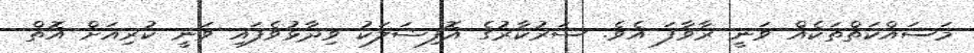
މަސައްކަތްތަކެއް ވަނީ ރާވާފަ އެވެ. ސަރުކާރުގެ އޮފިޝަލަކު ވިދާޅުވެފައި ވަނީ ކުރިއަށް އޮތް